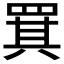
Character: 𦋊